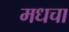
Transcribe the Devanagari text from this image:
मधचा